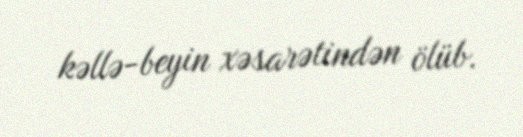
kəllə-beyin xəsarətindən ölüb.